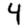
Digit: 4